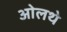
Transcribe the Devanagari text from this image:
ओलथे